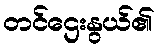
တင်ဌေးနွယ်၏